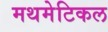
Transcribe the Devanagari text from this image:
मथमेटिकल